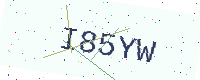
Text: I85YW